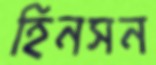
হিনসন